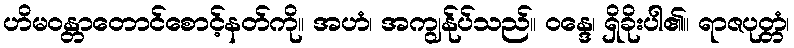
ဟိမဝန္တာတောင်စောင့်နတ်ကို။ အဟံ၊ အကျွန်ုပ်သည်။ ဝန္ဒေ၊ ရှိခိုးပါ၏။ ရာဇပုတ္တံ၊